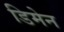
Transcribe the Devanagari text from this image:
डिमेन